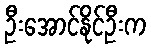
ဦးအောင်နိုင်ဦးက